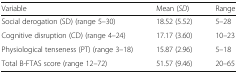
<table><thead><tr><td><b>Variable</b></td><td><b>Mean (<i>SD</i>)</b></td><td><b>Range</b></td></tr></thead><tbody><tr><td>Social derogation (SD) (range 5–30)</td><td>18.52 (5.52)</td><td>5–28</td></tr><tr><td>Cognitive disruption (CD) (range 4–24)</td><td>17.17 (3.60)</td><td>10–23</td></tr><tr><td>Physiological tenseness (PT) (range 3–18)</td><td>15.87 (2.96)</td><td>5–18</td></tr><tr><td>Total B-FTAS score (range 12–72)</td><td>51.57 (9.46)</td><td>20–65</td></tr></tbody></table>